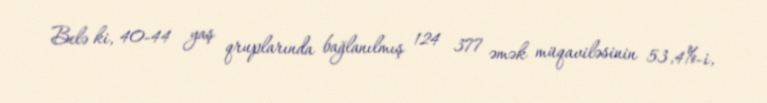
Belə ki, 40-44 yaş qruplarında bağlanılmış 124 377 əmək müqaviləsinin 53,4%-i,